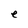
Character: e